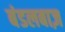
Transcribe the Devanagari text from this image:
बंडलबाज़